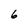
Character: 6